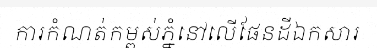
ការកំណត់កម្ពស់ភ្នំនៅលើផែនដីឯកសារ